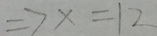
\Rightarrow x = 1 2